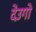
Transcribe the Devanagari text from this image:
देंउगो